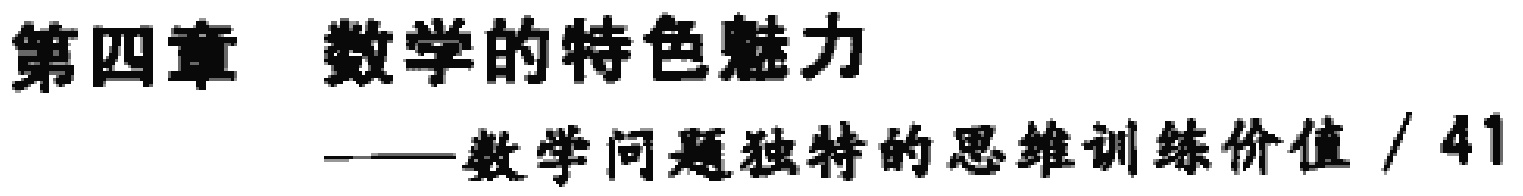
\chapter{数学的特色魅力}

——数学问题独特的思维训练价值 / 41